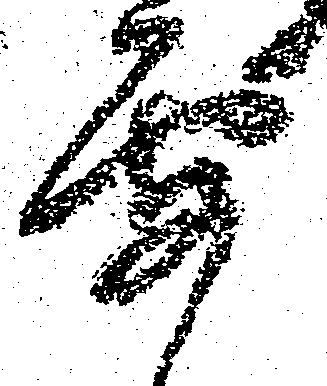
要